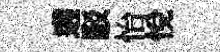
遘駁怡悦